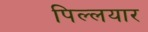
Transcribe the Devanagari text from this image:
पिल्लयार